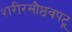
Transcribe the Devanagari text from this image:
शरीरसौष्ठवपटू